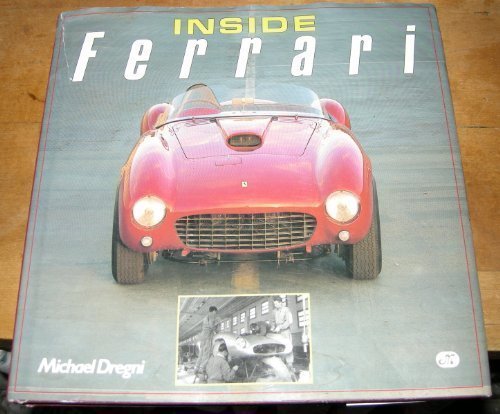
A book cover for Inside Ferrari; Michael Dregni; Engineering & Transportation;